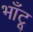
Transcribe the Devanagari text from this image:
भाँटू